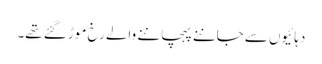
دہائیوں سے جاننے پہچاننے والے رخ موڑ گئے تھے۔